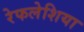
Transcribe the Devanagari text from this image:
रेफलेशिया